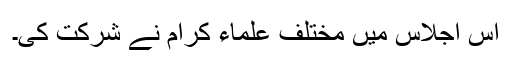
اس اجلاس میں مختلف علماء کرام نے شرکت کی۔